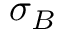
\sigma _ { B }